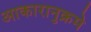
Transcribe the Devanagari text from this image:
आकारानुक्रमे